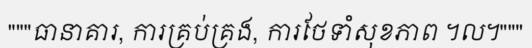
"""ធានាគារ, ការគ្រប់គ្រង, ការថែទាំសុខភាព ។ល។"""